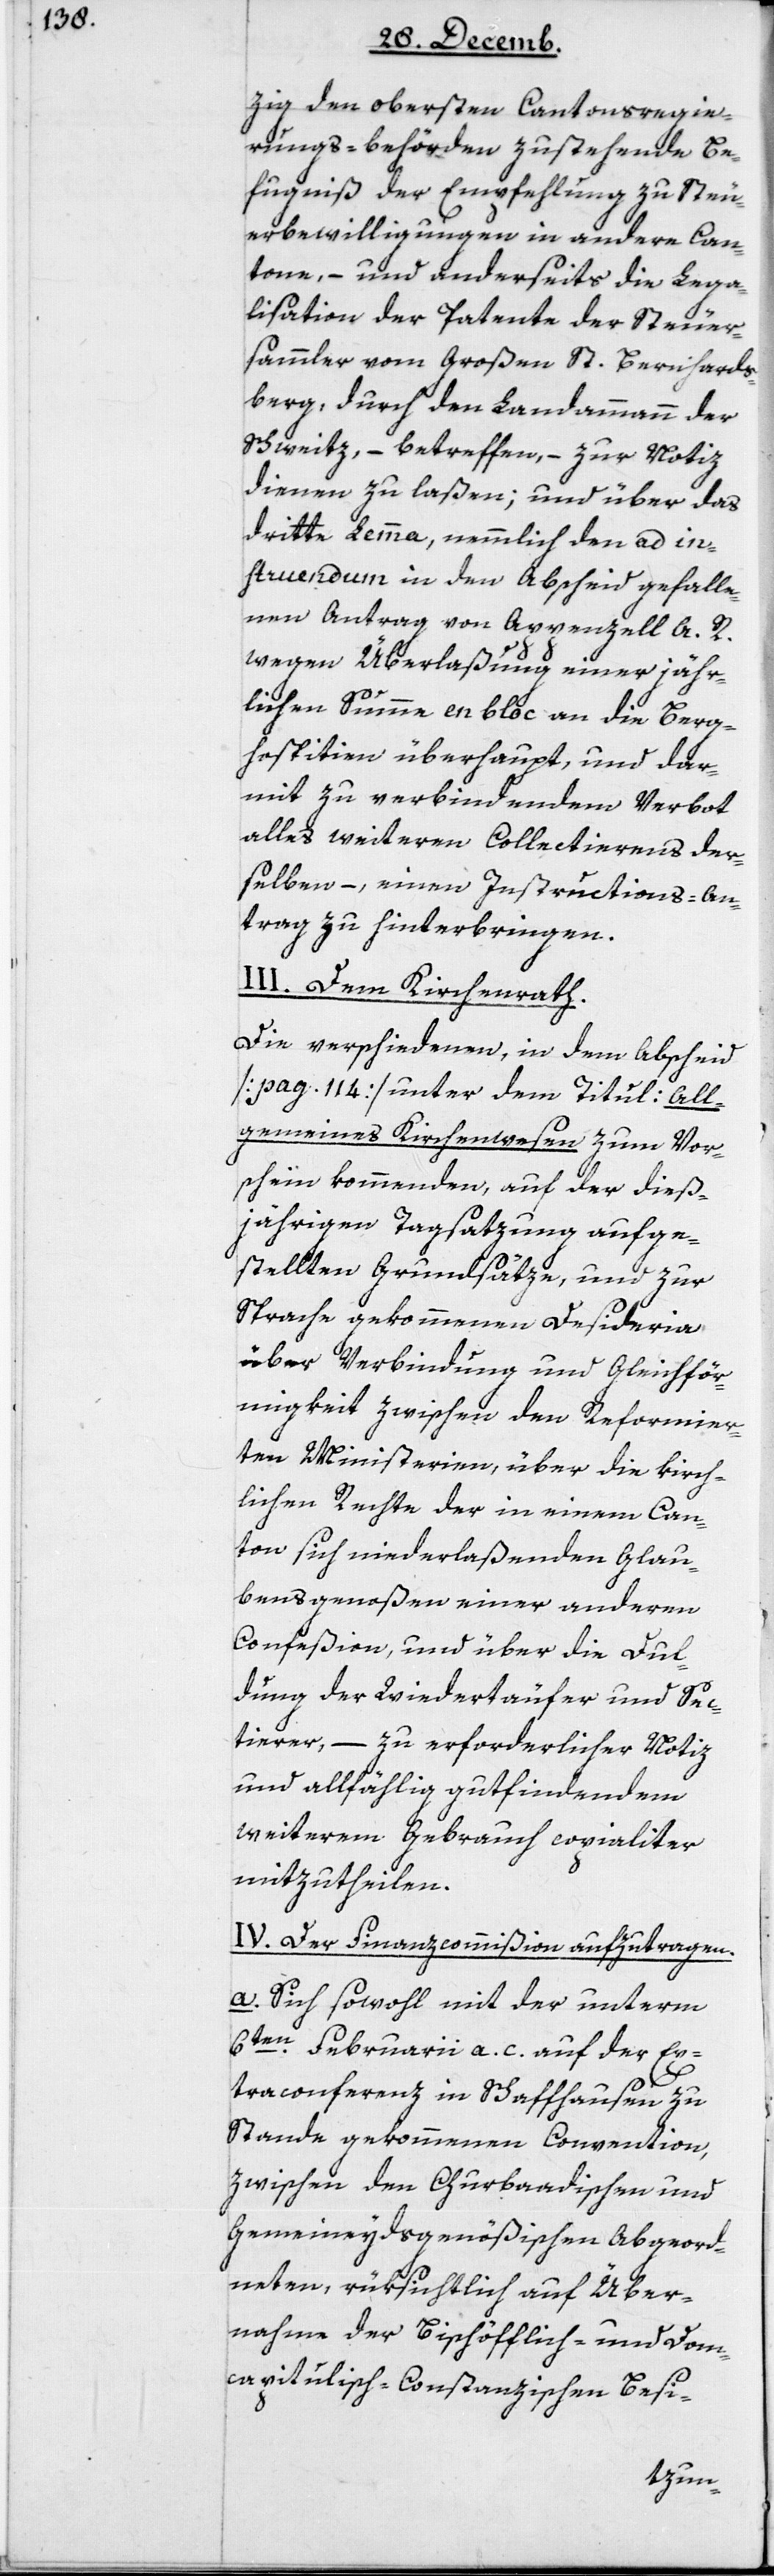
zig den obersten Cantonsregie¬
rungs-Behörden zustehende Be¬
fugnis der Empfehlung zu Steu¬
erbewilligungen in andere Can¬
tone, – und anderseits die Lega¬
lisation der Patente der Steuer¬
sammler vom Großen St. Bernhards¬
berg, durch den Landammann der
Schweitz, – betreffen, – zur Notiz
dienen zu laßen; und über das
dritte Lemma, nämlich den ad in¬
struendum in den Abscheid gehalte¬
nen Antrag von Appenzell A. R.
wegen Überlaßung einer jähr¬
lichen Summe en bloc an die Berg¬
hospizien überhaupt, und dar¬
mit zu verbindendem Verbot
alles weiteren Collectierens der¬
selben, – einen Instructions-An¬
trag zu hinterbringen.
III. Dem Kirchenrat.
Die verschiedenen, in dem Abscheid
(pag. 114) unter dem Titul: All¬
gemeines Kirchenwesen zum Vor¬
schein kommenden, auf der dieß¬
jährigen Tagsatzung aufge¬
stellten Grundsätze, und zur
Sprache gekommenen Desideria
über Verbindung und Gleichför¬
migkeit zwischen den reformier¬
ten Ministerien, über die kirch¬
lichen Rechte der in einem Can¬
ton sich niederlaßenden Glau¬
bensgenoßen einer anderen
Confeßion, und über die Dul¬
dung der Wiedertäufer und Sec¬
tierer, – zu erforderlicher Notiz
und allfällig gutfindendem
weiterem Gebrauch copialiter
mitzutheilen.
IV. Der Finanzcommißion aufzutragen.
a. Sich sowohl mit der unterm
6ten Februarii a. c. auf der Ex¬
traconferenz in Schaffhausen zu
Stande gekommenen Convention,
zwischen den Churbadischen und
Gemeineydsgenößischen Abgeord¬
neten, rüksichtlich auf Über¬
nahme der Bischöfflich- und Dom¬
capitulisch-Constanzischen Besi-